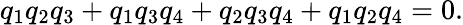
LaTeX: q_{1}q_{2}q_{3}+q_{1}q_{3}q_{4}+q_{2}q_{3}q_{4}+q_{1}q_{2}q_{4}=0.